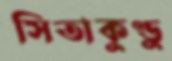
সিতাকুণ্ডু